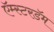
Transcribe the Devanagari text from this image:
ऍम्स्टरडॅम